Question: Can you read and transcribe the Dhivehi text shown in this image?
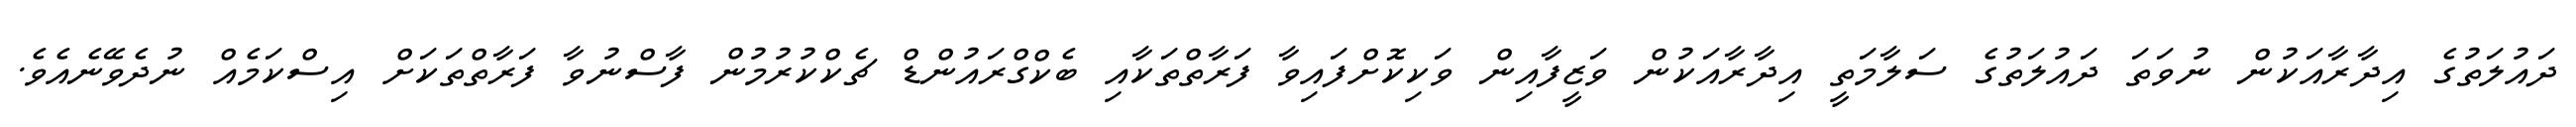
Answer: ދައުލަތުގެ އިދާރާއަކުން ނުވަތަ ދައުލަތުގެ ސަލާމަތީ އިދާރާއަކުން ވަޒީފާއިން ވަކިކޮށްފައިވާ ފަރާތްތަކާއި ބެކްގްރައުންޑް ޗެކްކުރުމުން ފާސްނުވާ ފަރާތްތަކަށް އިސްކަމެއް ނުދެވޭނެއެވެ.